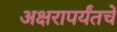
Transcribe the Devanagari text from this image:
अक्षरापर्यंतचे